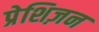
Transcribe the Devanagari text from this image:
प्रेशिज़न